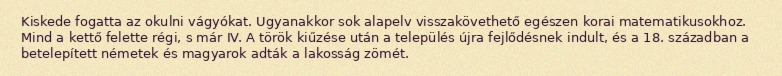
Kiskede fogatta az okulni vágyókat. Ugyanakkor sok alapelv visszakövethető egészen korai matematikusokhoz. Mind a kettő felette régi, s már IV. A török kiűzése után a település újra fejlődésnek indult, és a 18. században a betelepített németek és magyarok adták a lakosság zömét.